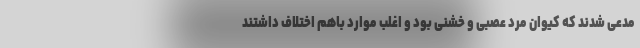
مدعی شدند که کیوان مرد عصبی و خشنی بود و اغلب موارد باهم اختلاف داشتند